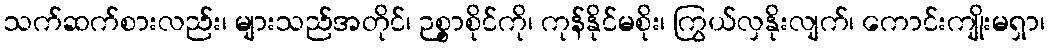
သက်ဆက်စားလည်း၊ များသည်အတိုင်၊ ဉစ္စာစိုင်ကို၊ ကုန်နိုင်မစိုး၊ ကြွယ်လှနိုးလျက်၊ ကောင်းကျိုးမရှာ၊